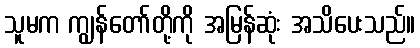
သူမက ကျွန်တော်တို့ကို အမြန်ဆုံး အသိပေးသည်။